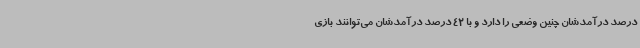
درصد درآمدشان چنین وضعی را دارد و با 42 درصد درآمدشان می‌توانند بازی